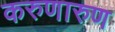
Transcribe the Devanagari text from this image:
करुणारुण